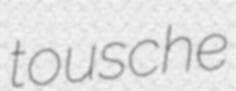
tousche